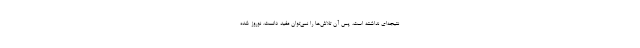
نتیجه‌ای نداشته است، پس آن تلاش‌ها را نمی‌توان مفید دانست. نوروز شده